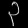
Digit: ၃